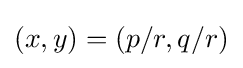
(x,y)=(p/r,q/r)